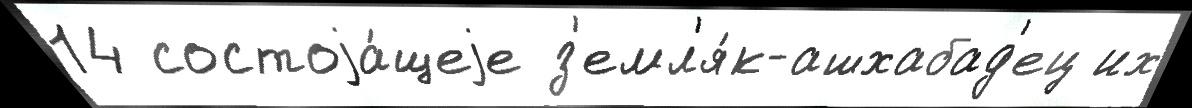
14 состоjа́щеjе з'емл'я́к-ашхабад'ец их